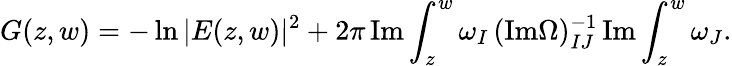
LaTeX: G(z,w)=-\ln|E(z,w)|^{2}+2\pi\, \mathrm{Im}\int_{z}^{w}\omega_{I}\, (\mathrm{Im}\Omega)_{IJ}^{-1}\, \mathrm{Im}\int_{z}^{w}\omega_{J}.